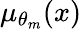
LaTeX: \mu_{\theta_{m}}(x)